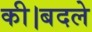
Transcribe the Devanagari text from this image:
की।बदले